Vital statistics of India. Vol. VI, European troops 1870-79
Year: 1870
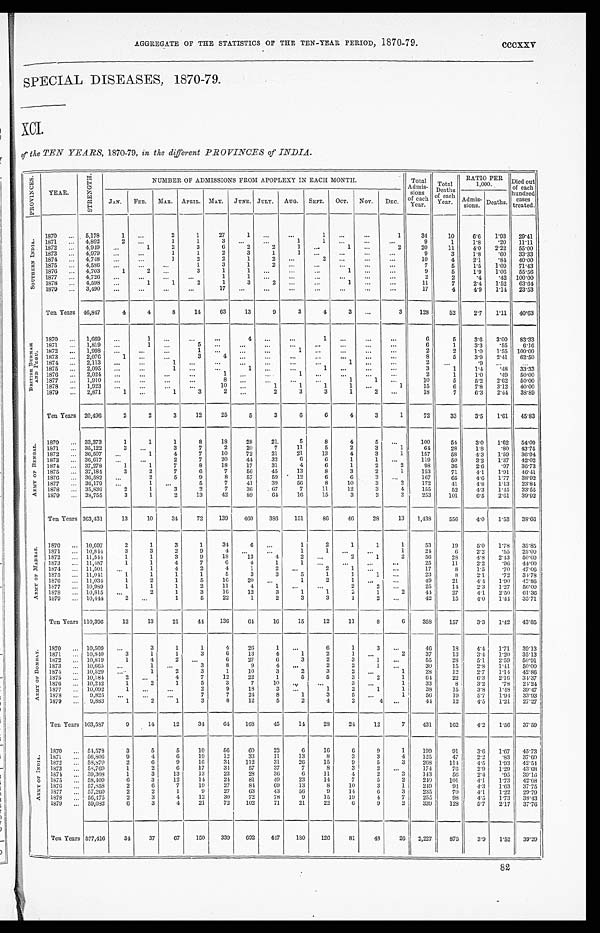
AGGREGATE OF THE STATISTICS OF THE TEN-YEAR PERIOD, 1870-79. cccxxv
SPECIAL DISEASES, 1870-79.
XCI.
of the TEN YEARS, 1870-79, in the different PROVINCES of INDIA.
P R O V I N C E S .
YEAR.
S T R E N G T H .
NUMBER OF ADMISSIONS FROM APOPLEXY IN EACH MONTH.
Total
Admis- sions
of each
Year.
Total
D e a t h s o f e a c h
Year.
RATIO PER
1,000.
Died out
of each
hundred
cases
treated.
JAN. FEB. MAR. APRIL. MAY. JUNE. JULY. AUG. SEPT. OCT. NOV.
DEC.
Admis-
sions. Deaths.
S O U T H E R N I N D I A .
1870
. . .
5,178
1 ...
2
1
27
1
. . .
. . .
1 . . .
. . .
1
34
10
6.6 1.93 29. 41
1871
. . . 4,892
2
. . .
1
1
3 . . .
. . .
1
1
. . .
. . .
. . .
9
1
1.8 .20 11.11
1872
. . . 4,949 ...
1
2
3
6
2
2
1 . . .
1
. . .
2
20
11
4.0 2.22 55.00
1873 ... 4,979 . . .
...
1
1
2
3
1
1
. . .
. . .
. . .
. . .
9
3
1.8 .60 33.33
1874 ... 4,748 . . .
. . .
1
2
2
1
2
. . .
2 ...
. . . ...
10
4
2. 1
.84 40.00
1875 ... 4,586 . . .
...
...
1
3
1
2 ...
...
. . . ...
. . .
7
5
1.5 1.09 71.43
1876 ... 4,703
1
2
. . .
3
1
1 ...
...
. . .
1
. . .
. . .
9
5
1.9 1.06 55.56
1877 ... 4,726 ...
. . .
. . . . . .
1
1 . . .
. . . . . .
...
...
. . .
2
2
.4
. 4 2 100.00
1878 ... 4,598 ...
1
1
2
1
3
2
. . .
. . .
1 ...
. . . 11
7
2.4 1.52 63.64
1879 ... 3,490 . . .
. . . ...
. . .
17 ...
. . .
. . .
. . .
. . .
. . .
. . .
17
4
4.9 1.14 23.53
Ten Years 46,847
4
4
8
14
63
13
9
3
4
3
. . .
3
128
52
2.7 1.11 40.63
B R I T I S H B U R M A H A N D P E G U . 1870 ... 1,669 ...
1
. . .
...
...
4 . . .
...
1
. . .
. . . ...
6
5
3.6 3.00 83.33
1871
. . . 1,819 ...
1 ...
5
. . . ...
. . .
. . .
. . .
. . .
. . . ...
6
1
3.3 .55 6.16
1872 ... 1,998 . . .
...
...
1
. . .
. . . ...
1 ...
. . .
. . .
. . .
2
2
1.0 1.55 100.00
1873 ... 2,076
1 ...
. . .
3
4 ...
. . .
. . . . . .
. . .
. . .
. . .
8
5
3.9 2.41 62.50
1874 ... 2,113 . . .
...
1 ...
...
...
...
...
...
1 ...
...
2
. . .
. 9
. . .
. . .
1875 ... 2,095
. . .
. . .
1
. . .
. . .
1
. . .
. . .
1
. . .
. . . ...
3
1
1.4 .48 33.33
1876 ... 2,024 ...
...
...
...
1 ...
...
1
. . .
. . .
. . .
. . .
2
1
1.0 .49 50.00
1877 ... 1,910 . . .
. . . ...
...
8 . . .
. . .
. . .
. . .
1
1 ...
10
5
5.2 2.62 50.00
1878 ... 1,923 ...
. . .
. . .
. . .
10 . . .
1
1
1
1 ...
1
15
6
7.8 3.12 40.00
1879
. . . 2,871
1 ...
1
3
2 ...
2
3
3
1
2
. . . 18
7 6.3 2.44 38.89
Ten Years 20,496
2
2
3
12
25
5
3
6
6
4
3
1
72
33
3.5 1.61 45.83
A R M Y O F B E N G A L .
1870 ... 33,373
1
1
1
8
18
28
21
5
8
4
5 ...
100
54 3.0 1.62 54.00
1871
. . . 35,122
3
. . . 3
7
2
20
7
11
5
2
3
1
64
28
1.8 .80 43.75
1872 ... 36,507 ...
1
4
7
10
72
21
21
13
4
3
1
157
58 4.3 1.59 36.94
1873 . . . 36,617
. . .
...
2
7
20
44
32
6
6
1
1
. . . 119
50
3.2 1.37 42.02
1874 ... 37,278
1
1
7
8
18
17
31
4
6
1
2
2
98
36
2.6 .97 36.73
1875
. . . 37,184
3
2
7
6
7
56
45
13
8
3
2
1
153
71
4.1 1.91 46.41
1876
. . . 36,582 ...
2
5
9
8
57
59
12
6
6
3
. . . 167
65
4.6 1.77 38.92
1877 ... 36,179 ...
1 ...
5
7
41
39
56
8
10
3
2
172
41
4.8 1.13 23.84
1878 ... 35,836
2
1
3
2
7
36
67
7
11
12
3
4
155
52
4.3 1,45 33.55
1879 ... 38,755
3
1
2
13
42
89
64 16
15
3
3
2
253
101
6.5 2.61 39.92
Ten Years 363,431
13
10
34
72 139 460 386 151
86
46
28
13 1,438 556
4.0 1.53 38.66
A R M Y O F M A D R A S . 1870 ... 10,697
2
1
3
1
34
6 ...
1
2
1
1
1
53
19
5.0 1.78 35.85
1871
. . . 10,844
3
3
2
9
4
. . . . . .
1
1 ...
. . . 1
24
6
2.2 .55 25.00
1872
. . . 11,544
1
1
3
9
18
13
4
2
. . .
2
1
2
56
28 4.8 2.43 50.00
1873
. . . 11,487
1
1
4
7
6
4
1
1 . . .
. . .
. . .
. . .
25
11
2.2 .96 44.00
1874 . . . 11,501 . . .
1
4
2
4
1
2 . . .
2
1
. . . ...
17
8
1.5 .70 47.06
1875 ... 11,041
1
1
1
1
5
3
3
5
1
1
1 ...
23
8
2.1 .72 34.78
1876 ... 11,034
1
2
1
5
16 20 ...
1
2
1 ...
...
49
21
4 . 4 1.90 42.86
1877
. . . 10,989
1
1
1
2
11
4
1 ...
...
2
2
. . .
25
14
2.3 1.27 56.00
1878
. . . 10,815 ...
2
1
3
16
12
3
1
1
2
1
2
44
27
4.1 2.50 61.36
1879
. . . 10,444
2 ...
1
5
22
1
2
3
3
1
2 ...
42
15
4.0 1.44 35. 71
Ten Years 110,396
12
13
21
44 136
64
16
15
12
11
8
6
358 157
3.3 1.42 43.85
A R M Y O F B O M B A Y . 1870
. . . 10,509 ...
3
1
1
4
26
1 ...
6
1
3
. . .
46
18
4.4 1.71 39.13
1871 ... 10,840
3
1
1
3
6
13
4
1
2
1
. . .
2
37
13
3.4 1.20 35.13
1872 ... 10,819
1
4
2
. . .
6
27
6
3
2
3
1
. . .
55
28
5.1 2.59 50. 91
1873 ... 10,665 ...
1 ...
3
8
9
4
. . .
2
2
1
. . .
30
15
2.8
1 . 4 1 50.00
1874
. . . 10,529
. . .
1
2
3
1
10
3
2
3
2
. . .
1
28
12
2.7 1.14 42.86
1875 ... 10,184
2 ...
4
7
12
22
1
5
5
3
2
1
64
22 6.3 2.16 34.37
1876 ... 10,242
1
2
1
5
3
7
10 ...
. . .
3
. . .
1
33
8
3.2 .78 24.24
1877 ... 10,092
1 ...
...
2
9
18
3
. . .
1
2
1
1
38
15
3.8 1.48 39.47
1878 . . . 9,825 ...
. . .
. . .
7
7
24
8
1
3
5
. . . 1
56
19
5.7 1.94 33.93
1879 . . . 9,883
1
2
1
3
8
12
5
2
4
2
4 ...
44
12
4.5 1.21 27.27
Ten Years 103,587
9
14
12
34 64 168
45
14 28
24 12
7
431
162
4.2 1.56 37.59
A R M Y O F I N D I A .
1870 ... 54,578
3
5
5
10
5 6 60
22
6
16
6
9
1
199
91
3.6 1.67 45.73
1871 ... 56,806
9
4
6
19
12
33
11
13
8
3
3
4
125
47
2.2 .83 37.60
1872 ... 58,870
2
6
9
16
34 112
31
26
15
9
5
3
268 114 4.5 1.93 42.54
1873 ... 58,769
1
2
6
17
34 57
37
7
8
3
2 ...
174
76
2.9 1.29 43.68
1874 ... 59,308
1
3
13
13
23
28
36
6
11
4
2
3
143
56
2.4 .95 39.16
1875 ... 58,409
6
3
12
14 24
81
49
23
14
7
5
2
240 101
4.1 1.73 42.08
1876 ... 57,858
2
6
7
19
27
84 69
13
8
10
3
1
249
94 4.3 1.63 37.75
1877 ... 57,260
2
2
1
9
27
63
43
56
9
14
6
3
235
70
4.1 1.22 29.79
1878 ... 56,475
2
3
4
12
30
72
78
9
15
19
4
7
255
98 4.5 1.73 38.43
1879
. . . 59,082
6
3
4
21
72 102
71
21
22
6
9
2
339
128
5.7 2.17 37.76
Ten Years 577,416
34
37
67 150 339 692 447
1 8 0 126
81
48
26 2,227
875
3.9 1.52 39.29
82